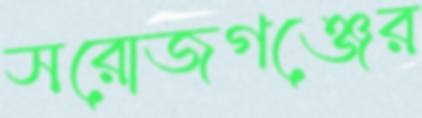
সরোজগঞ্জের